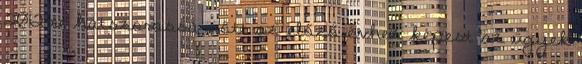
2012-re hatszorossá nőtt az előző évhez képest az ügyek